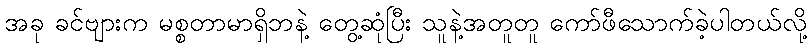
အခု ခင်ဗျားက မစ္စတာမာရှိဘနဲ့ တွေ့ဆုံပြီး သူနဲ့အတူတူ ကော်ဖီသောက်ခဲ့ပါတယ်လို့